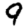
Digit: 9